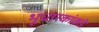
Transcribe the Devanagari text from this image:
भूधारकांकडे